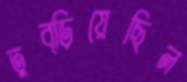
তুব্‌ড়িয়েছিল